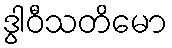
ဒွါဝီသတိမော